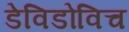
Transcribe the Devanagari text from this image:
डेविडोविच